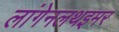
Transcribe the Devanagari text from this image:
लांगेनलथइमर